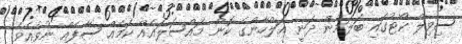
ސިވިލް ކޯޓުގައި ބަލަމުން ދަނީ އަލްހާންގެ ކޮން މައްސަލައެއް ކަމެއް ސާފެއް ނުވެއެވެ.